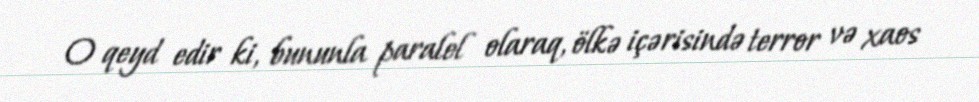
O qeyd edir ki, bununla paralel olaraq, ölkə içərisində terror və xaos